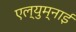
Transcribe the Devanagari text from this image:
एल्युम्नाई